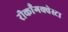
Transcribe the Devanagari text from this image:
रीकाँगक्वेस्टा